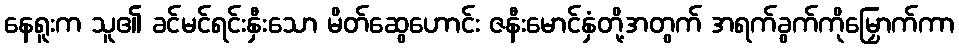
နေရူးက သူ၏ ခင်မင်ရင်းနှီးသော မိတ်ဆွေဟောင်း ဇနီးမောင်နှံတို့အတွက် အရက်ခွက်ကိုမြှောက်ကာ